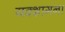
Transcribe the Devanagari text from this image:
यक्शागना